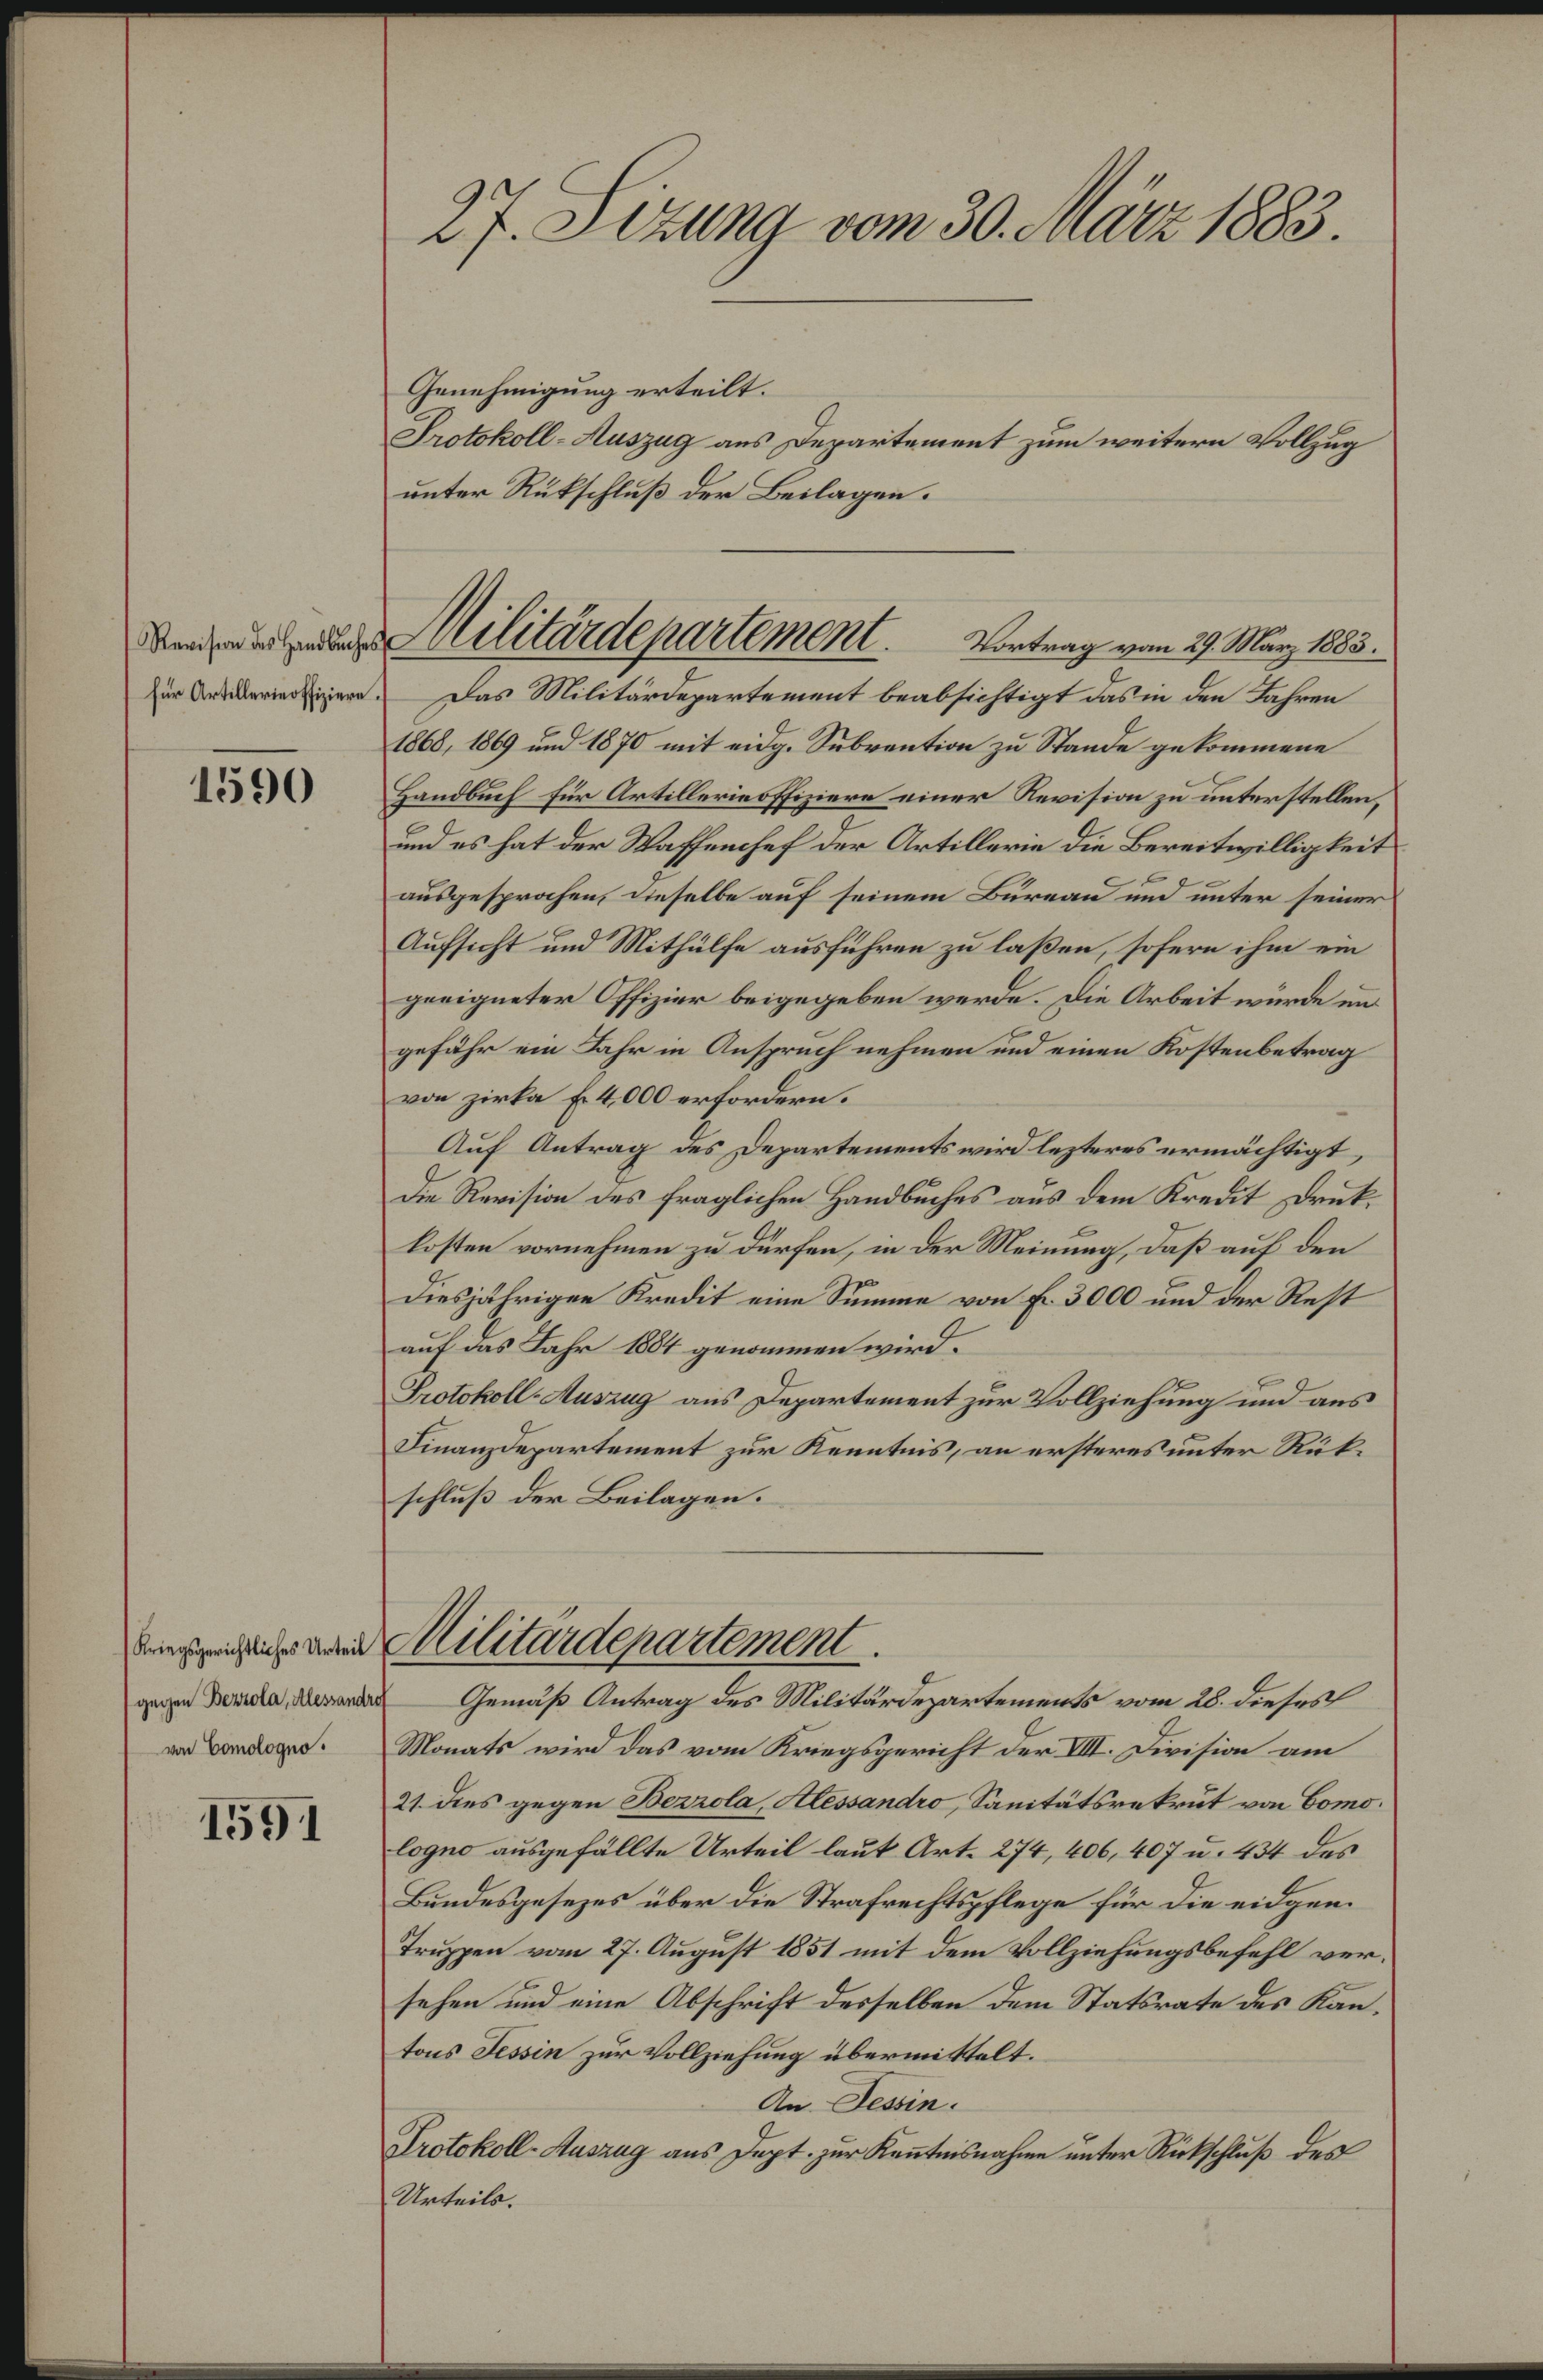
1590

Kriegsgerichtliches Urteil
gegen Bezzola, Alessandt
von Comologno

1591

27. Sizung vom 30. März 1883.

Genehmigung erteilt.
Protokoll-Auszug aus Departement zum weitern Vollzug
unter Rükschluß der Beilagen.
Zür Druckerinosiziere. Das Militärdepartement beabsichtigt das in den Jahren
1868, 1869 und 1870 mit eidg. Subvention zu Stande gekommene
Handbuch für Artillerinoffiziere einer Revision zu unterstellen,
und es hat der Waffenchef der Artillerie die Bereitwilligkeit
ausgesprochen, dieselbe auf seinem Bureau und unter seiner
Aufsicht und Mithülfe ausführen zu laßen, sofern ihm ein
geeigneter Offizier beigegeben werde. Die Arbeit würde im
gefähr ein Jahr in Anspruch nehmen und einen Kostenbetrag
von zirka Fr. 4,000 erfordern.
Auf Antrag des Departements wird lezteres ermächtigt,
Die Revision des fraglichen Handbuches aus dem Kredit Drukkosten vornehmen zu dürfen, in der Meinung, daß auf den
diesjährigen Kredit eine Summe von Fr. 3000 und der Rest
auf das Jahr 1884 genommen wird.
Protokoll-Auszug aus Departement zur Vollziehung und aus
Finanzdepartement zur Kenntnis, an ersteres unter Rükschluß der Beilagen.
Militärdepartement.
f
Gemäß Antrag des Militärdepartements vom 28. dieses
Monats wird das vom Kriegsgericht der VIII. Division am
21. dies gegen Berrola, Alessandro, Sanitätsrekrut von Comologno ausgefällte Urteil laut Art. 274, 406, 407 u. 434 des
Bundesgesezes über die Strafrechtspflege für die eidgen.
Truppen vom 27. August 1851 mit dem Vollziehungsbefehl versehen und eine Abschrift desselben dem Statsrate des Kantons Tessin zur Vollziehung übermittelt.
An Tessin.
Protokoll-Auszug aus Dept. zur Kenntnisnahme unter Rückschluß des
Urteils.

Militärdepartement. Vortrag vom 27. März 1883.